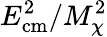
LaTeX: E_{\mathrm{{cm}}}^{2}/M_{\chi}^{2}